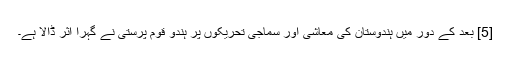
[5] بعد کے دور میں ہندوستان کی معاشی اور سماجی تحریکوں پر ہندو قوم پرستی نے گہرا اثر ڈالا ہے۔